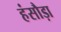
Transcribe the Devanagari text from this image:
हंसौड़ा